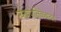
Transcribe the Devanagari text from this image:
न्यायपालिकेबाबत